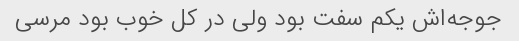
جوجه‌اش یکم سفت بود ولی در کل خوب بود مرسی